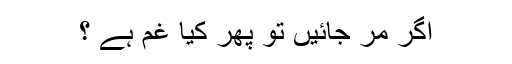
اگر مر جائیں تو پھر کیا غم ہے ؟